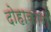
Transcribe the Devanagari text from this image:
दोहाकारों